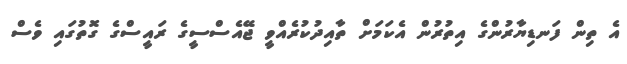
އެ ތިން ފަނޑިޔާރުންގެ އިތުރުން އެކަމަށް ތާއިދުކުރެއްވީ ޖޭއެސްސީގެ ރައީސްގެ ގޮތުގައި ވެސް